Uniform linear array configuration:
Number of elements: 8
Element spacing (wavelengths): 0.5
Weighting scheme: blackman
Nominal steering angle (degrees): -30
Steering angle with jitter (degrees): -29.864
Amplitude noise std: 0.05
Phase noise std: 0.05

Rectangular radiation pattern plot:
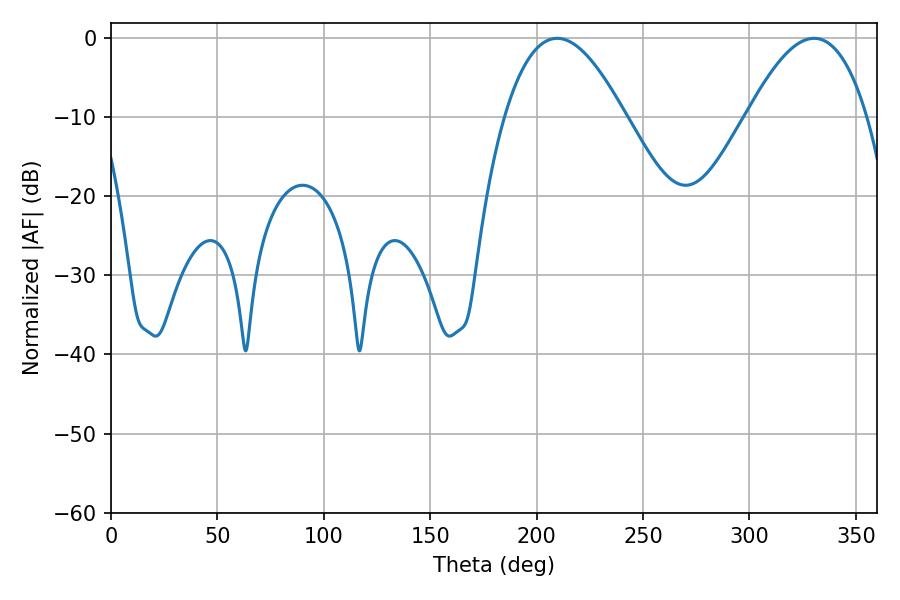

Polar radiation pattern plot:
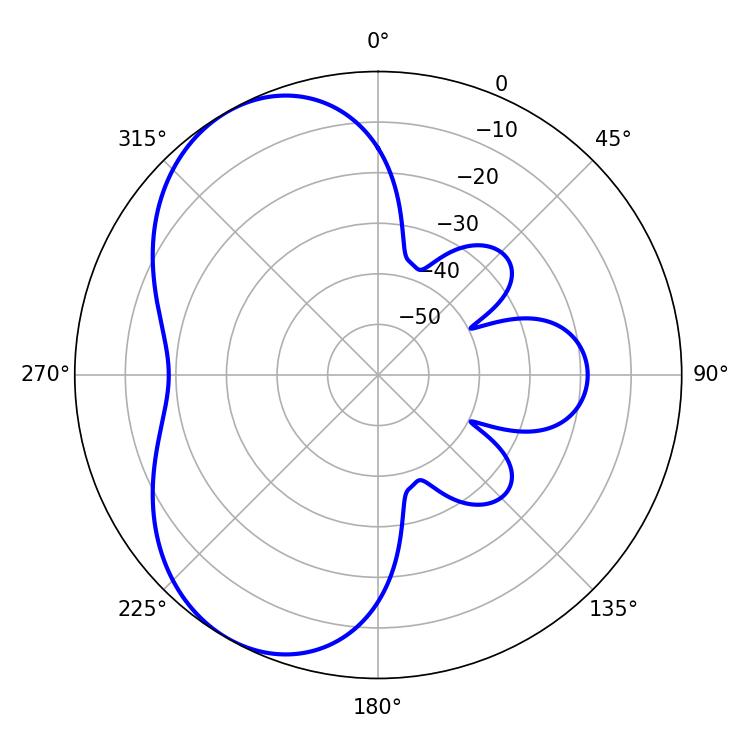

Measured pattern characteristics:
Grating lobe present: FALSE
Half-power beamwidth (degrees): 30.96
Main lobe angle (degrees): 209.7